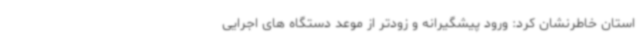
استان خاطرنشان کرد: ورود پیشگیرانه و زودتر از موعد دستگاه های اجرایی